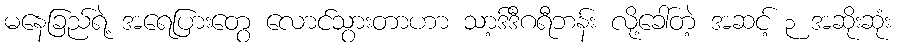
မနေခြည်ရဲ့ အရေပြားတွေ လောင်သွားတာဟာ သာ့ဒ်ဒီဂရီဘန်း လို့ခေါ်တဲ့ အဆင့် ၃ အဆိုးဆုံး